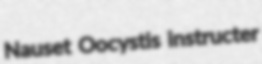
Nauset Oocystis instructer